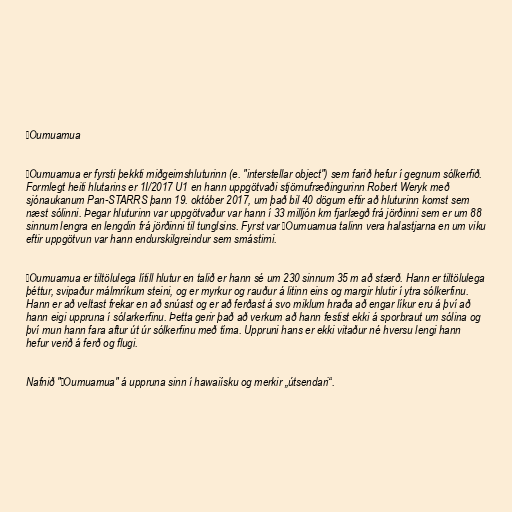
ʻOumuamua

ʻOumuamua er fyrsti þekkti miðgeimshluturinn (e. "interstellar object") sem farið hefur í gegnum sólkerfið.
Formlegt heiti hlutarins er 1I/2017 U1 en hann uppgötvaði stjörnufræðingurinn Robert Weryk með
sjónaukanum Pan-STARRS þann 19. október 2017, um það bil 40 dögum eftir að hluturinn komst sem
næst sólinni. Þegar hluturinn var uppgötvaður var hann í 33 milljón km fjarlægð frá jörðinni sem er um 88
sinnum lengra en lengdin frá jörðinni til tunglsins. Fyrst var ʻOumuamua talinn vera halastjarna en um viku
eftir uppgötvun var hann endurskilgreindur sem smástirni.

ʻOumuamua er tiltölulega lítill hlutur en talið er hann sé um 230 sinnum 35 m að stærð. Hann er tiltölulega
þéttur, svipaður málmríkum steini, og er myrkur og rauður á litinn eins og margir hlutir í ytra sólkerfinu.
Hann er að veltast frekar en að snúast og er að ferðast á svo miklum hraða að engar líkur eru á því að
hann eigi uppruna í sólarkerfinu. Þetta gerir það að verkum að hann festist ekki á sporbraut um sólina og
því mun hann fara aftur út úr sólkerfinu með tíma. Uppruni hans er ekki vitaður né hversu lengi hann
hefur verið á ferð og flugi.

Nafnið "ʻOumuamua" á uppruna sinn í hawaiísku og merkir „útsendari“.